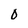
Character: 0